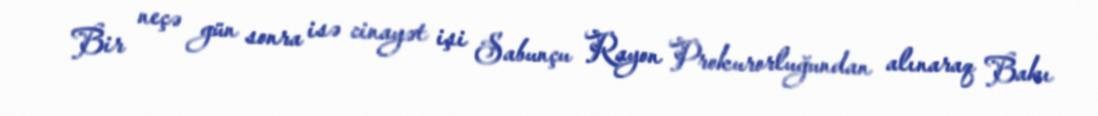
Bir neçə gün sonra isə cinayət işi Sabunçu Rayon Prokurorluğundan alınaraq Bakı